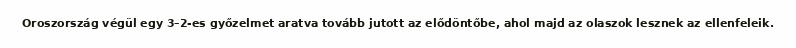
Oroszország végül egy 3–2-es győzelmet aratva tovább jutott az elődöntőbe, ahol majd az olaszok lesznek az ellenfeleik.